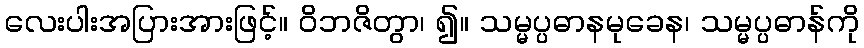
လေးပါးအပြားအားဖြင့်။ ဝိဘဇိတွာ၊ ၍။ သမ္မပ္ပဓာနမုခေန၊ သမ္မပ္ပဓာန်ကို